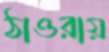
ঠাওরায়